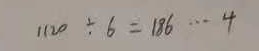
1 1 2 0 \div 6 = 1 8 6 \cdots 4